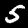
Label: 5